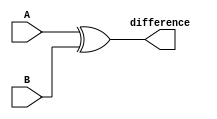
module comb_subtractor (
    input [7:0] A,
    input [7:0] B,
    output reg [7:0] difference
);

// XOR gate to perform subtraction
assign difference = A ^ B;

endmodule